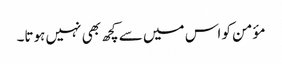
مؤمن کو اس میں سے کچھ بھی نہیں ہوتا۔